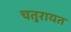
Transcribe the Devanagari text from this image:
चतुरायत